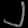
Digit: ၂